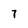
Character: 7